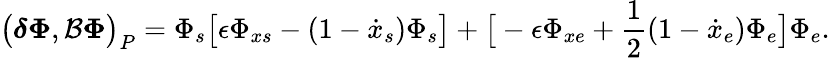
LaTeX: \big(\boldsymbol{\delta}\boldsymbol{\Phi},\mathcal{B}\boldsymbol{\Phi}\big)_{P}=\Phi_{s}\big[\epsilon\Phi_{xs}-(1-\dot{x}_{s})\Phi_{s}\big]+\big[-\epsilon\Phi_{xe}+\frac{1}{2}(1-\dot{x}_{e})\Phi_{e}\big]\Phi_{e}.